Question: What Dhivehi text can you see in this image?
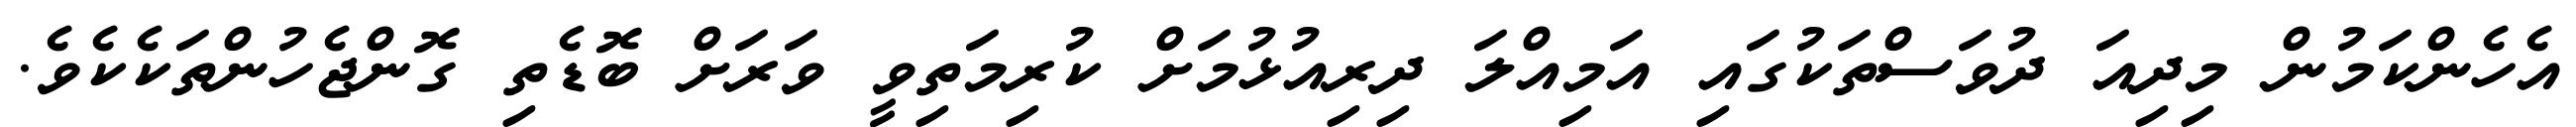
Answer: އެހެންކަމުން މިދިއަ ދުވަސްތަކުގައި އަމިއްލަ ދިރިއުޅުމަށް ކުރިމަތިވީ ވަރަށް ބޮޑެތި ގޮންޖެހުންތަކެކެވެ.